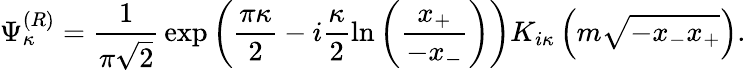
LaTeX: \Psi_{\kappa}^{(R)}=\frac 1{\pi\sqrt{2}}\, \exp\left(\frac{\pi\kappa}2-i\frac{\kappa}2\ln\left(\frac{x_{+}}{-x_{-}}\right)\right)K_{i\kappa}\left(m\sqrt{-x_{-}x_{+}}\right).